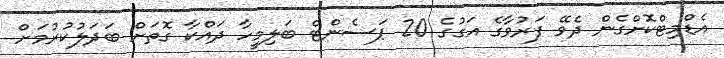
އެޑްމިޓްކޮށްގެން ދެވޭ ފަރުވާގެ އަގުގެ 20 ޕަސެންޓް ބަލިމީހާ ދައްކާ ގޮތަށް ބަދަލުކުރުމަށް